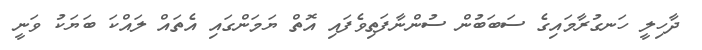
ދާހިލީ ހަނގުރާމައިގެ ސަބަބުން ސުންނާފަތިވެފައި އޮތް ޔަމަންގައި އެތައް ލައްކަ ބަޔަކު ވަނީ